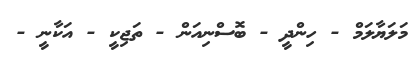
މަލަޔާލަމް - ހިންދީ - ބޮސްނިއަން - ތަޖިކީ - އަކާނީ -